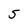
Character: 5